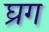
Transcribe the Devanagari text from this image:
घ्रग